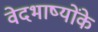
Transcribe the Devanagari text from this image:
वेदभाष्योंके